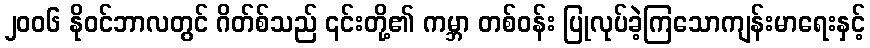
၂၀၀၆ နိုဝင်ဘာလတွင် ဂိတ်စ်သည် ၎င်းတို့၏ ကမ္ဘာ တစ်ဝန်း ပြုလုပ်ခဲ့ကြသောကျန်းမာရေးနှင့်